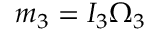
m _ { 3 } = I _ { 3 } \Omega _ { 3 }